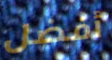
أفضل